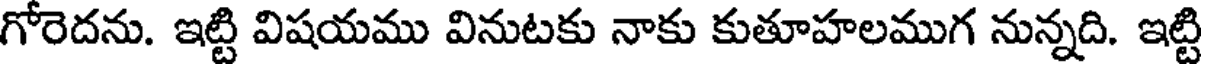
గోరెదను. ఇట్టి విషయము వినుటకు నాకు కుతూహలముగ నున్నది. ఇట్టి